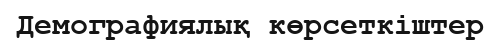
Демографиялық көрсеткіштер